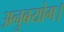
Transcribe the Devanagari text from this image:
अनुबयोग।